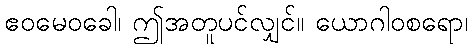
ဧဝမေဝခေါ၊ ဤအတူပင်လျှင်။ ယောဂါဝစရော၊